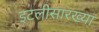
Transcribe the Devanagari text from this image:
इटलीसारख्या